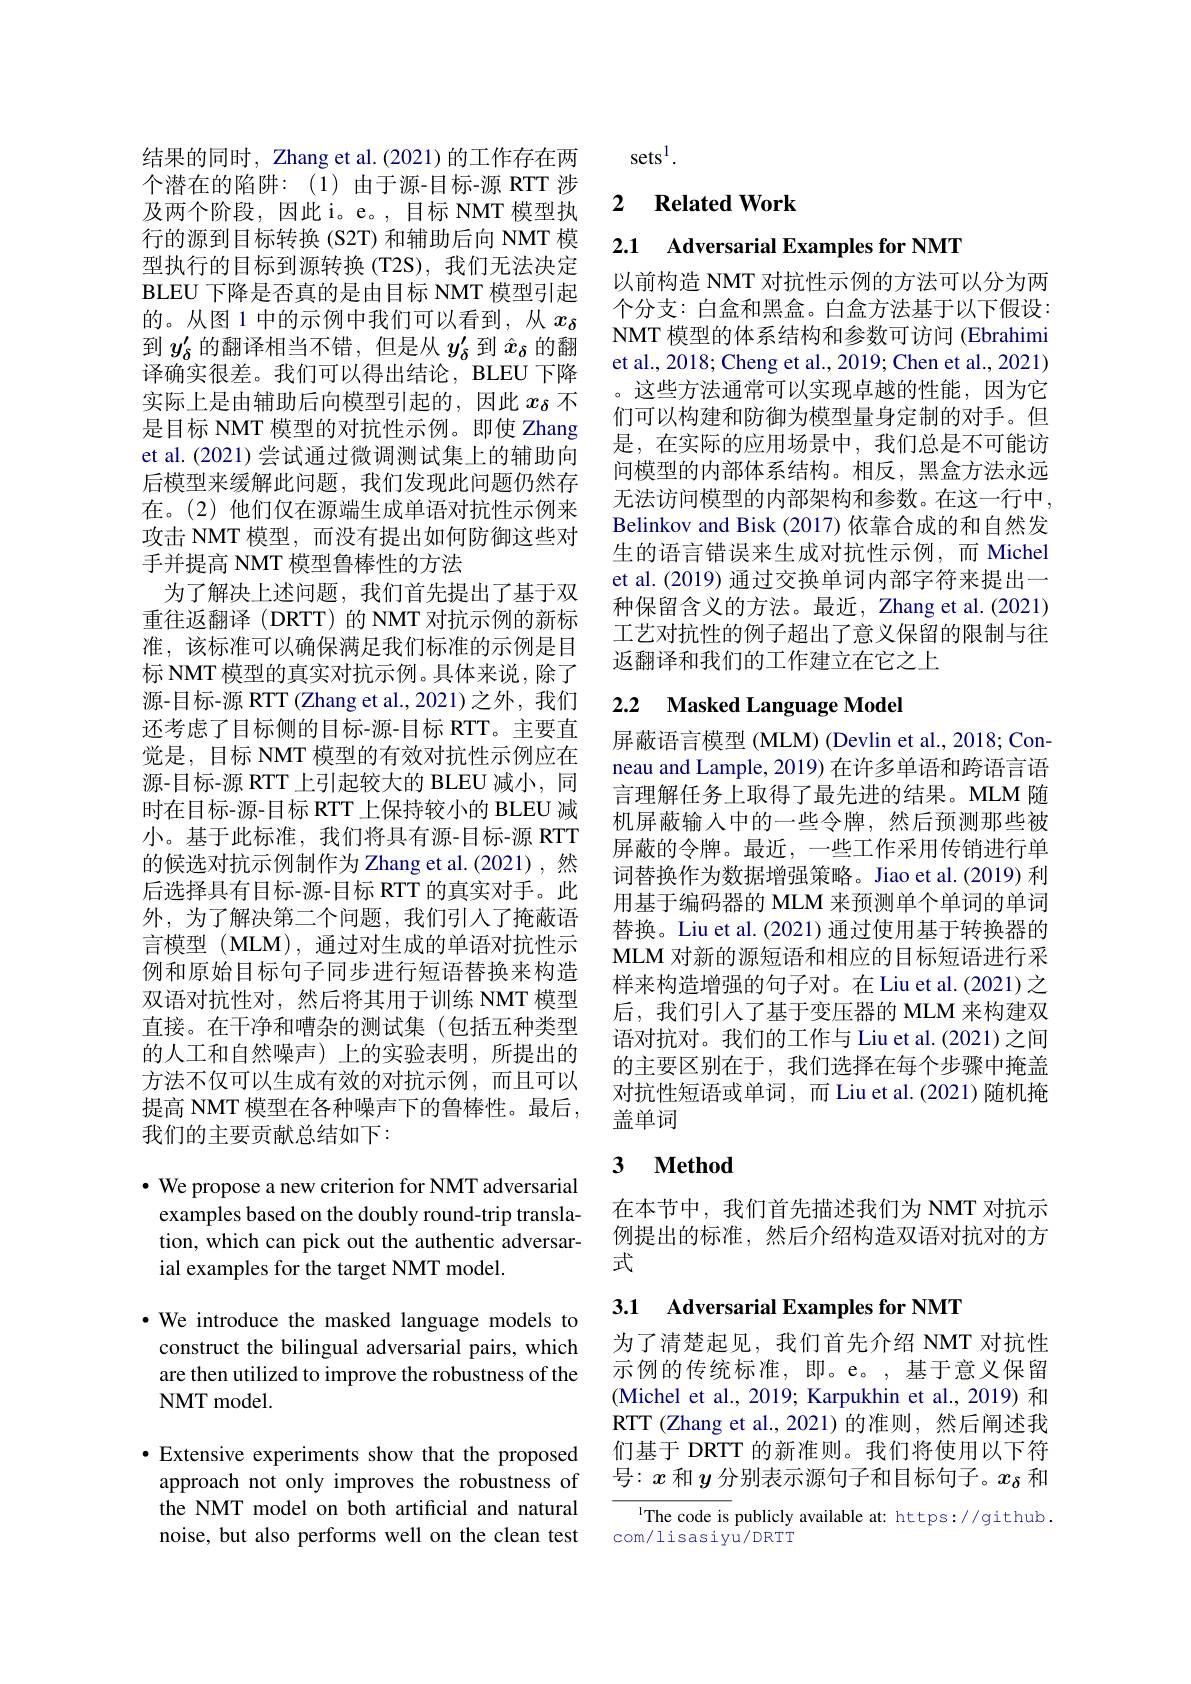
结果的同时，Zhang et al.(2021) 的工作存在两个潜在的陷阱：(1)由于源-目标-源 RTT 涉及两个阶段，因此i。e。,目标 NMT 模型执行的源到目标转换(S2T) 和辅助后向 NMT 模型执行的目标到源转换(T2S),我们无法决定BLEU 下降是否真的是由目标 NMT 模型引起的。从图 1 中的示例中我们可以看到，从$x_{\delta}$ 到$y_\mathrm{\delta}^{\prime}$的翻译相当不错，但是从$y_\mathrm{\delta}^{\prime}$到$\hat{x}_\mathrm{\delta}$的翻译确实很差。我们可以得出结论，BLEU 下降实际上是由辅助后向模型引起的，因此$x_\mathrm{\delta}$不是目标 NMT 模型的对抗性示例。即使 Zhang et al. (2021) 尝试通过微调测试集上的辅助向后模型来缓解此问题，我们发现此问题仍然存在。(2)他们仅在源端生成单语对抗性示例来攻击 NMT 模型，而没有提出如何防御这些对手并提高 NMT 模型鲁棒性的方法
为了解决上述问题，我们首先提出了基于双重往返翻译 (DRTT) 的 NMT 对抗示例的新标准，该标准可以确保满足我们标准的示例是目标 NMT 模型的真实对抗示例。具体来说，除了源-目标-源 RTT (Zhang et al.,2021)之外，我们还考虑了目标侧的目标-源-目标 RTT。主要直觉是，目标 NMT 模型的有效对抗性示例应在源-目标-源 RTT 上引起较大的 BLEU 减小，同时在目标-源-目标 RTT 上保持较小的 BLEU 减小。基于此标准，我们将具有源-目标-源 RTT 的候选对抗示例制作为 Zhang et al.(2021),然后选择具有目标-源-目标 RTT 的真实对手。此外，为了解决第二个问题，我们引入了掩蔽语言模型(MLM),通过对生成的单语对抗性示例和原始目标句子同步进行短语替换来构造双语对抗性对，然后将其用于训练 NMT 模型直接。在干净和嘈杂的测试集(包括五种类型的人工和自然噪声)上的实验表明，所提出的方法不仅可以生成有效的对抗示例，而且可以提高 NMT 模型在各种噪声下的鲁棒性。最后， 我们的主要贡献总结如下：
$\bullet$ We propose a new criterion for NMT adversarial

examples based on the doubly round-trip translation, which can pick out the authentic adversarial examples for the target NMT model.

·We introduce the masked language models to
construct the bilingual adversarial pairs, which are then utilized to improve the robustness of the NMT model.

·Extensive experiments show that the proposed
approach not only improves the robustness of the NMT model on both artificial and natural noise, but also performs well on the clean test

sets$^1.$

### 2 $\textbf{Related Work}$

2.1 Adversarial Examples for NMT

以前构造 NMT 对抗性示例的方法可以分为两个分支：白盒和黑盒。白盒方法基于以下假设： NMT 模型的体系结构和参数可访问 (Ebrahimi et al., 2018; Cheng et al., 2019; Chen et al., 2021) 。这些方法通常可以实现卓越的性能，因为它们可以构建和防御为模型量身定制的对手。但是，在实际的应用场景中，我们总是不可能访问模型的内部体系结构。相反，黑盒方法永远无法访问模型的内部架构和参数。在这一行中， Belinkov and Bisk (2017) 依靠合成的和自然发生的语言错误来生成对抗性示例，而 Michel et al. (2019) 通过交换单词内部字符来提出一种保留含义的方法。最近，Zhang et al.(2021) 工艺对抗性的例子超出了意义保留的限制与往返翻译和我们的工作建立在它之上

## 2.2 Masked Language Model

屏蔽语言模型 (MLM) (Devlin et al., 2018; Conneau and Lample, 2019) 在许多单语和跨语言语言理解任务上取得了最先进的结果。MLM 随机屏蔽输入中的一些令牌，然后预测那些被屏蔽的令牌。最近，一些工作采用传销进行单词替换作为数据增强策略。Jiao et al.(2019) 利用基于编码器的 MLM 来预测单个单词的单词替换。Liu et al.(2021) 通过使用基于转换器的MLM 对新的源短语和相应的目标短语进行采样来构造增强的句子对。在 Liu et al.(2021) 之后，我们引人了基于变压器的 MLM 来构建双语对抗对。我们的工作与 Liu et al.(2021)之间的主要区别在于，我们选择在每个步骤中掩盖对抗性短语或单词，而 Liu et al.(2021)随机掩盖单词

### $\textbf{3}$ $\textbf{Method}$

在本节中，我们首先描述我们为 NMT 对抗示例提出的标准，然后介绍构造双语对抗对的方式

## 3.1 Adversarial Examples for NMT

为了清楚起见，我们首先介绍 NMT 对抗性示例的传统标准，即。e。,基于意义保留(Michel et al., 2019; Karpukhin et al., 2019) 和RTT (Zhang et al.,2021)的准则，然后阐述我们基于 DRTT 的新准则。我们将使用以下符号：$x$和$y$分别表示源句子和目标句子。$x_\delta$和

The code is publicly available at: https://github.
com/lisasiyu/DRTT